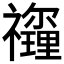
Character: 𥜡